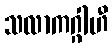
သလာကဂ္ဂါဟီ